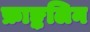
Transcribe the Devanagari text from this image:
फ्राङ्कलिन